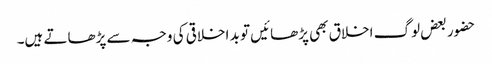
حضور بعض لوگ اخلاق بھی پڑھائیں تو بد اخلاقی کی وجہ سے پڑھاتے ہیں۔